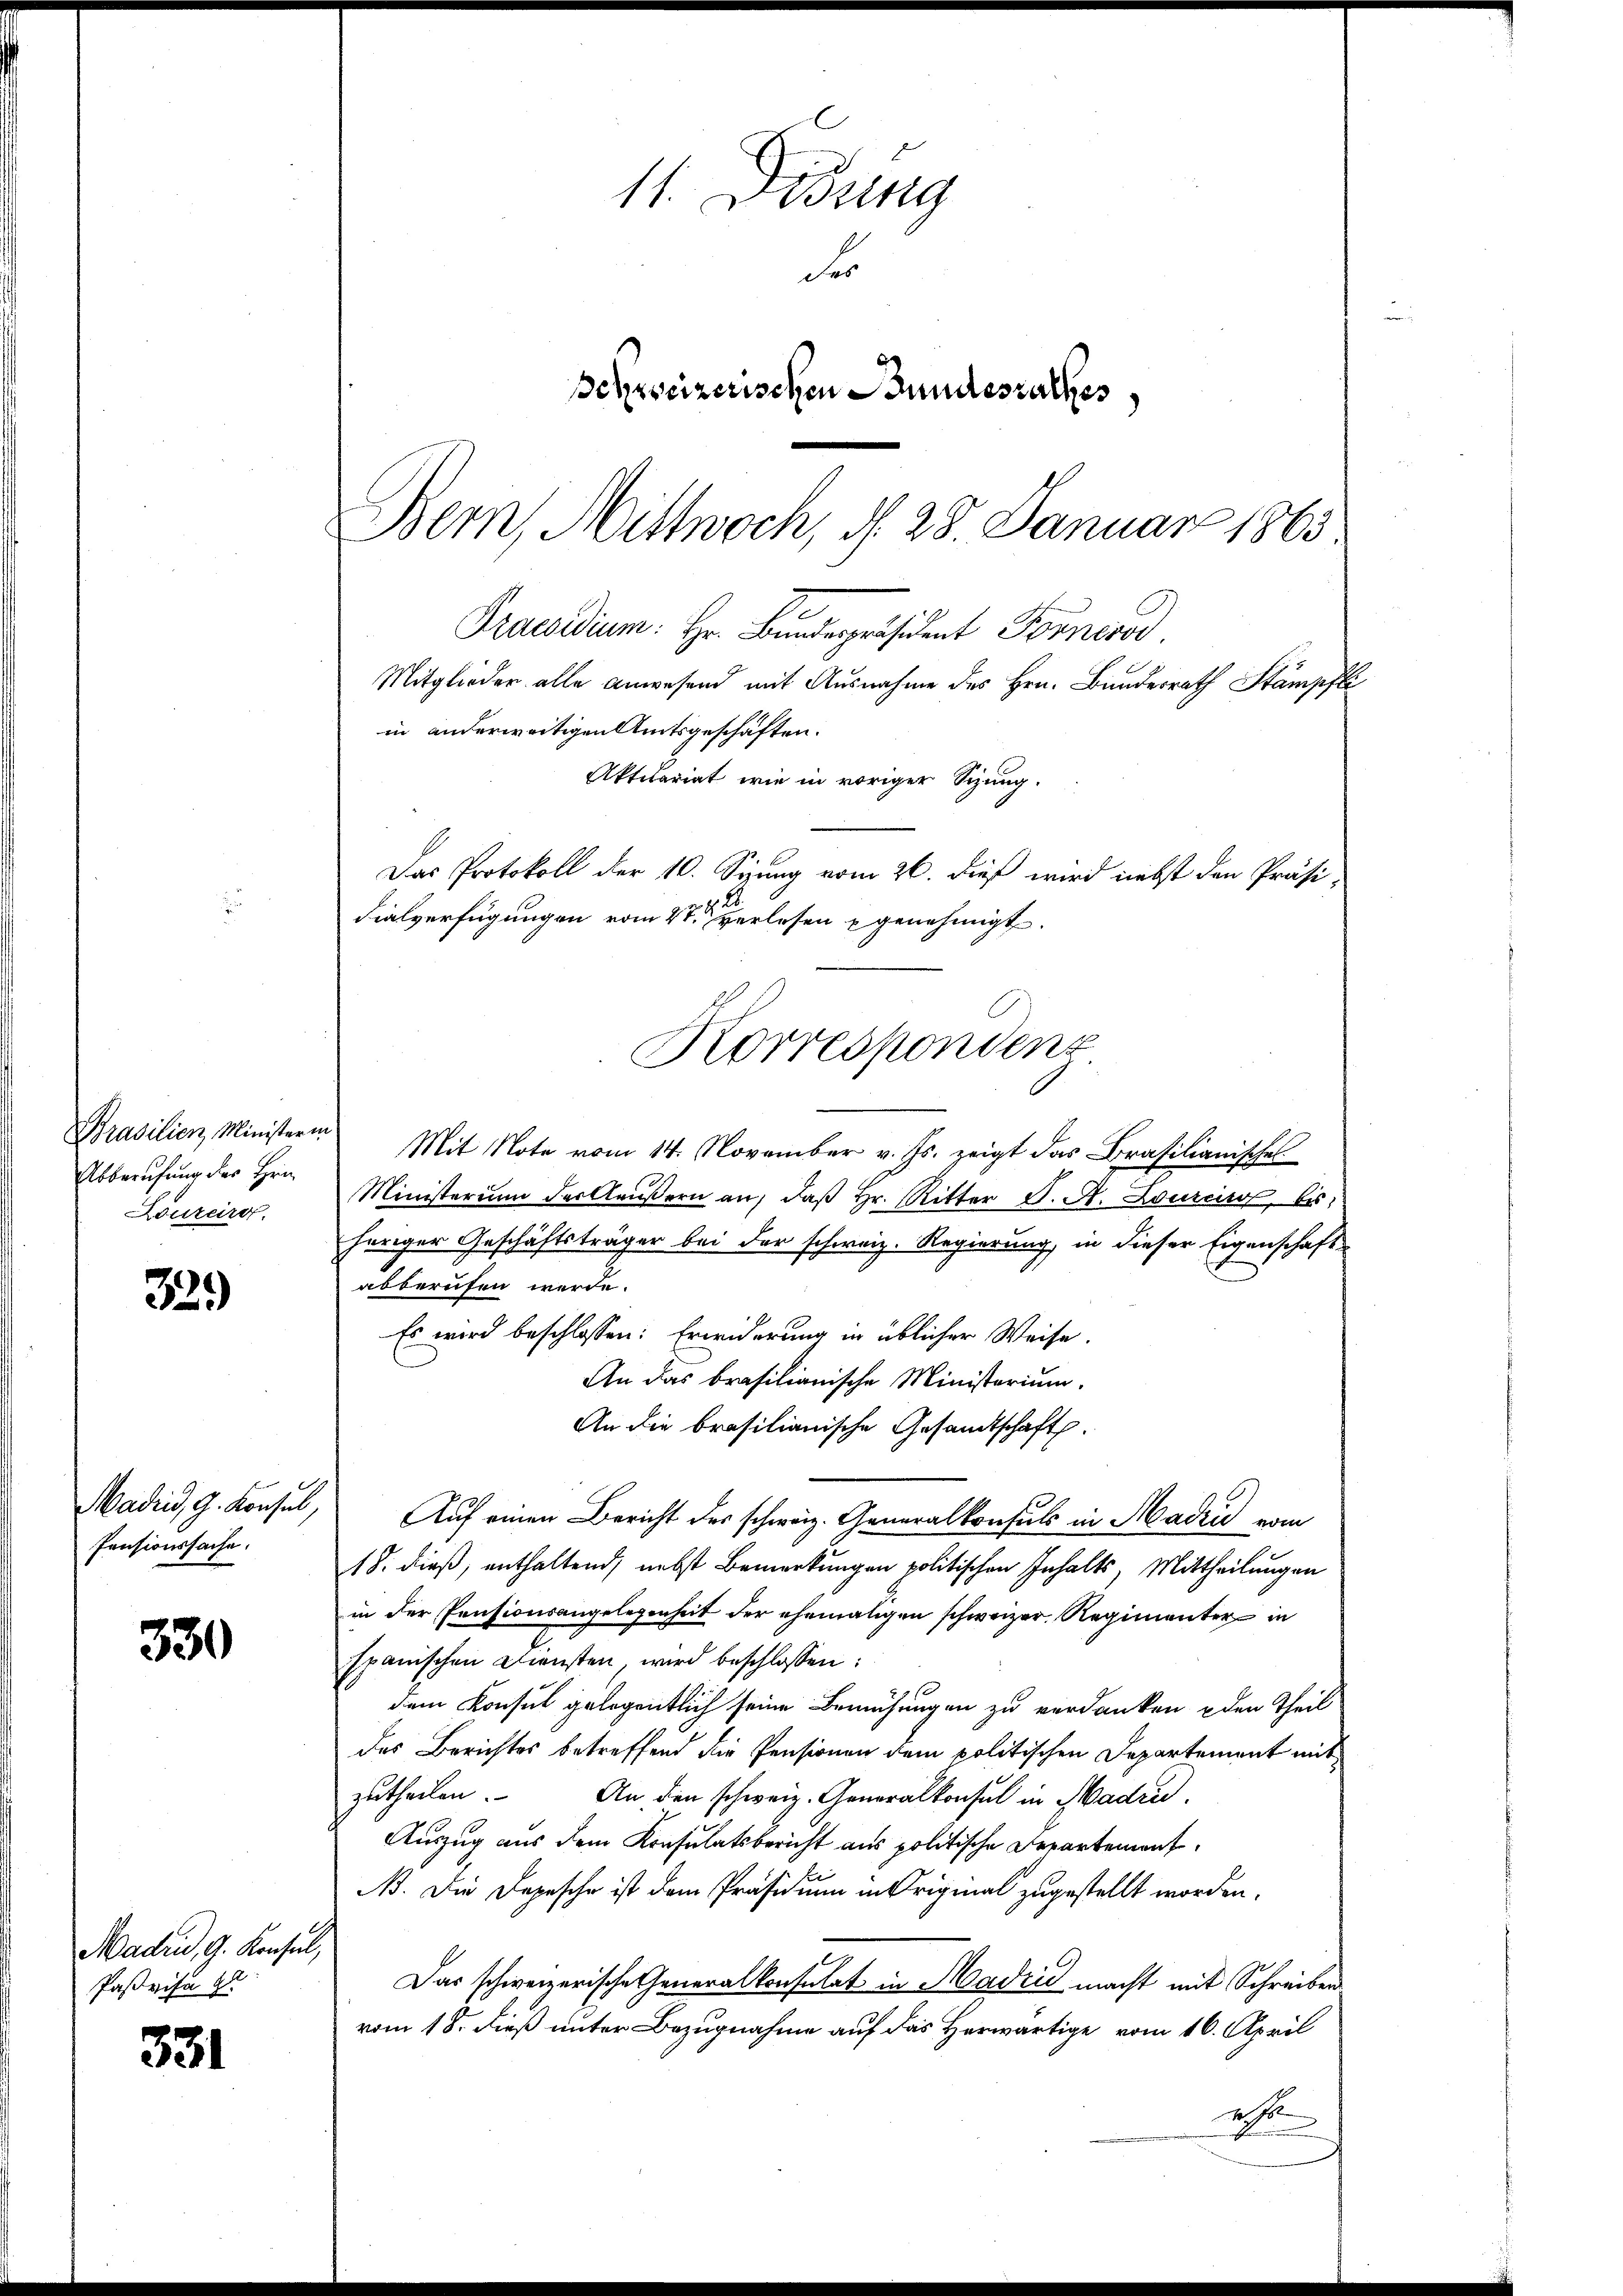
Prasilien, Minister-
Abberufung des Hrn.
Löureire.

329

Madii, G. Konsul,
Pensionssache.

330

Madrid, G. Konsul,
Paßvisa zu

331

Bern, Mittwoch, d. 28. Januar 1863
Praesidium Hr. Bundepräsident Forneso
Mitglieder alle Anwesend mit Ausnahme des Hrn. Bundesrath Stämpfli
in anderweitigen Amtsgeschäften.
Aktuariat wie in voriger Sizung.
Das Protokoll der 10. Syung vom 26. dieß wird nebst den Präsi-
dialverfügungen vom 4ten verlesen genehmigt.
Korrespondenz

11. Dessing
des
Schweizerischen Bundesrathes

s
Mit Note vom 14. November v. Js. zeigt das Brasilianisches
Ministerium der Klaŭβern an, daβ hr. Ritter S. A. Lources, bis
heriger Geschäftsträger bei der schweiz. Regierung, in dieser Eigenschaft
abberufen werde.
Es wird beschlossen: Erwiderung in üblicher Weise.
An das brasilianische Ministerium.
An die brasilianische Gesandtschaft
Auf einen Bericht des schweiz. Generalkonsuls in Madrid vom
18. dieß, enthaltend, nebst Bemerkungen politischen Inhalts, Mittheilungen
in der Pensionsangelegenheit der ehemaligen schweizer Regimenter in
spanischen Diensten, wird beschlossen:
dem Konsul gelegentlich seine Bemühungen zu verdanken den Theil
des Berichtes betreffend die Pensionen dem politischen Departement mit
zutheilen. An den schweiz. Generalkonsul in Madrid.
Auszug aus dem Konsulatsbericht aus politische Departement
NB. Die Depesche ist dem Präsidium in Original zugestellt worden,
Das schweizerische Generalkonsulat in Madrid macht mit Schreiben
vom 18. dieß unter Bezugnahme auf das Herwärtige vom 16. April
es